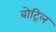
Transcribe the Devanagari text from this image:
बोट्रिल